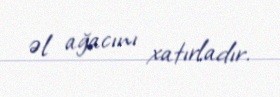
əl ağacını xatırladır.